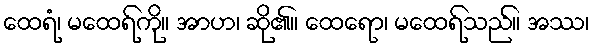
ထေရံ၊ မထေရ်ကို။ အာဟ၊ ဆို၏။ ထေရော၊ မထေရ်သည်။ အဿ၊